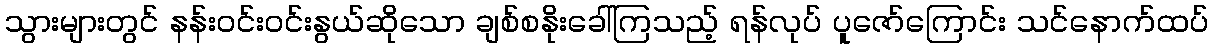
သွားများတွင် နန်းဝင်းဝင်းနွယ်ဆိုသော ချစ်စနိုးခေါ်ကြသည့် ရန်လုပ် ပူဇော်ကြောင်း သင်နောက်ထပ်